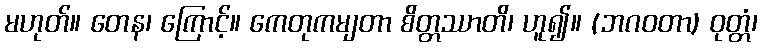
မဟုတ်။ တေန၊ ကြောင့်။ ကေတုကမျတာ စိတ္တဿာတိ၊ ဟူ၍။ (ဘဂဝတာ) ဝုတ္တံ၊